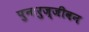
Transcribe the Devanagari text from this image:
पुनःरुज्जीवन